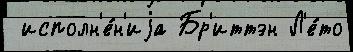
 исполн'е́н'иjа Бр'иттэн Л'е́то